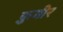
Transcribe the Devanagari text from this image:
फ़ुगीर